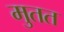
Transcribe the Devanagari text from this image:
मुतत